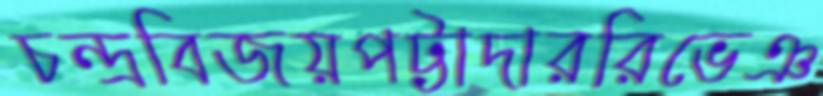
চন্দ্রবিজয়পট্টাদাররিভেঞ